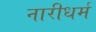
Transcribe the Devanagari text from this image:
नारीधर्म